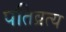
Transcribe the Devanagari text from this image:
पतिव्रत्य